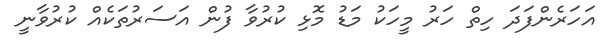
އަހަރެންފަދަ ހިތް ހަރު މީހަކު މަޑު މޮޅި ކުރުވާ ފުން އަސަރުތަކެއް ކުރުވާނީ